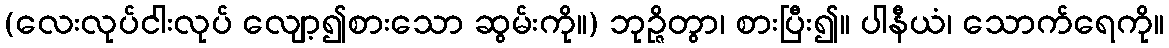
(လေးလုပ်ငါးလုပ် လျော့၍စားသော ဆွမ်းကို။) ဘုဉ္ဇိတွာ၊ စားပြီး၍။ ပါနီယံ၊ သောက်ရေကို။